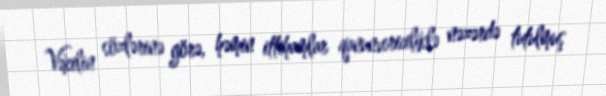
Vəkilin sözlərinə görə, həmin ittihamlar qanunvericiliklə nəzərdə tutulmuş